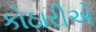
કોઠારીએ